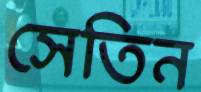
সেতিন